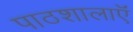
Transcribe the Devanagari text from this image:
पाठशालाऍं